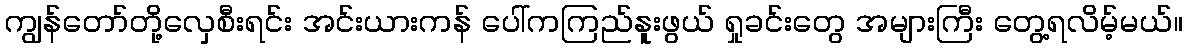
ကျွန်တော်တို့လှေစီးရင်း အင်းယားကန် ပေါ်ကကြည်နူးဖွယ် ရှုခင်းတွေ အများကြီး တွေ့ရလိမ့်မယ်။